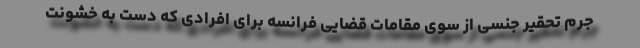
جرم تحقیر جنسی از سوی مقامات قضایی فرانسه برای افرادی که دست به خشونت